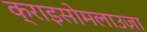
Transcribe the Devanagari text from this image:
क्राइसोमलाउज़ा